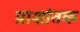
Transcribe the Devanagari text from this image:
प्राशांतक